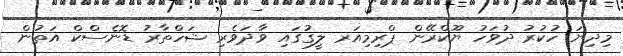
މިދިޔަ ހުކުރު ދުވަހު ޔޫކްރޭން ޕްރިމިއަރ ލީގުގައި ވާދަވެރި ޝަހްތާރު ޑޮނެސްކް އަތުން